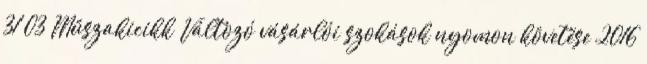
31 03 Műszakicikk Változó vásárlói szokások nyomon követése 2016